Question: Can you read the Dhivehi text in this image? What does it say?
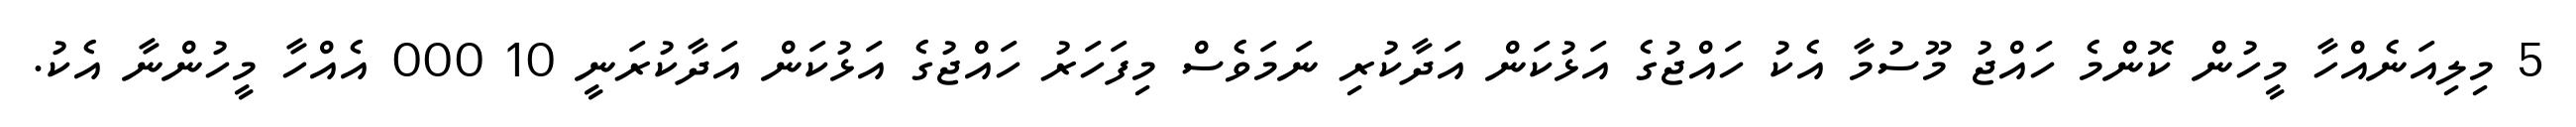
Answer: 5 މިލިއަނެއްހާ މީހުން ކޮންމެ ހައްޖު މޫސުމާ އެކު ހައްޖުގެ އަޅުކަން އަދާކުރި ނަމަވެސް މިފަހަރު ހައްޖުގެ އަޅުކަން އަދާކުރަނީ 10 000 އެއްހާ މީހުންނާ އެކު.